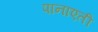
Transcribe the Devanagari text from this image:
पानाएती